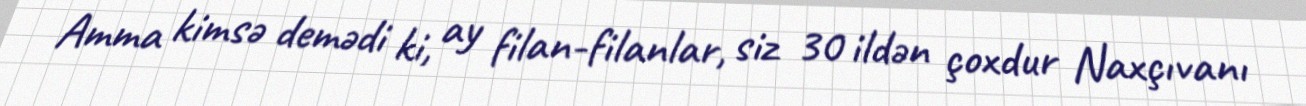
Amma kimsə demədi ki, ay filan-filanlar, siz 30 ildən çoxdur Naxçıvanı